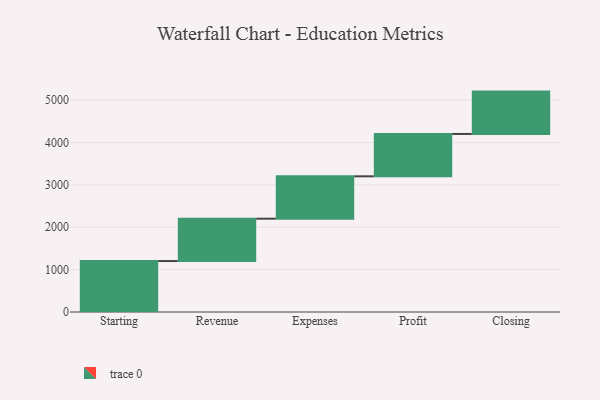
{"axis": {"x": "Step", "y": "Value"}, "legend": [""], "data": [{"x": "Starting", "y": 1203.0, "type": ""}, {"x": "Revenue", "y": 1000, "type": ""}, {"x": "Expenses", "y": 1000, "type": ""}, {"x": "Profit", "y": 1000, "type": ""}, {"x": "Closing", "y": 1000, "type": ""}]}